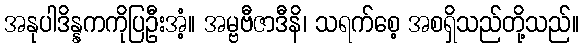
အနုပါဒိန္နကကိုပြဦးအံ့။ အမ္ဗဗီဇာဒီနိ၊ သရက်စေ့ အစရှိသည်တို့သည်။